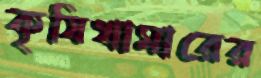
কৃষিখামারের